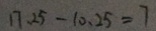
1 7 . 2 5 - 1 0 . 2 5 = 7